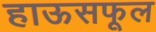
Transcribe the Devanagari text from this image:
हाऊसफूल